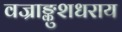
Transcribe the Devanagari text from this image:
वज्राङ्कुशधराय